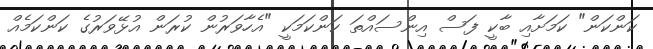
ކަންކަން" ކަމަށާއި ބާކީ ފަސް އިންސައްތަ ކަންކަމަކީ "އެހާވަރުން ކުރަން އުޅޭވަރުގެ ކަންކަމެއް